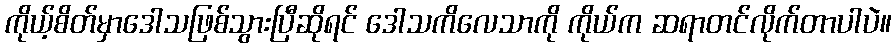
ကိုယ့်စိတ်မှာဒေါသဖြစ်သွားပြီဆိုရင် ဒေါသကိလေသာကို ကိုယ်က ဆရာတင်လိုက်တာပါပဲ။